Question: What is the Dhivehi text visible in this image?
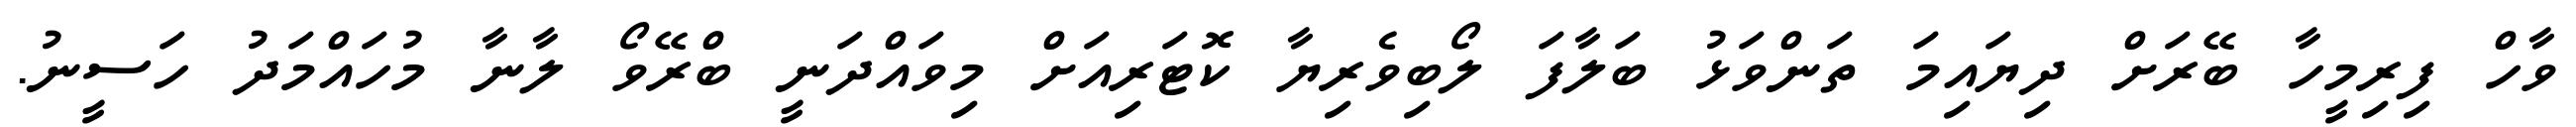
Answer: ވާހް ފިރިމީހާ ބޭރަށް ދިޔައިމަ ތަންވަޅު ބަލާފަ ލޯބިވެރިޔާ ކޮޓަރިއަށް މިވައްދަނީ ބްރޭވޯ ލާނާ މުހައްމަދު ހަސީނު.